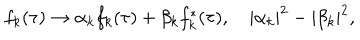
LaTeX: f _ { k } ( \tau ) \to \alpha _ { k } f _ { k } ( \tau ) + \beta _ { k } f _ { k } ^ { * } ( \tau ) , \hspace { 1 e m } | \alpha _ { k } | ^ { 2 } - | \beta _ { k } | ^ { 2 } ,